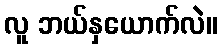
လူ ဘယ်နှယောက်လဲ။